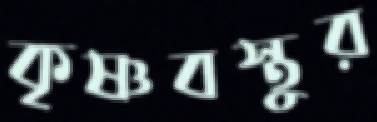
কৃষ্ণবস্তুর